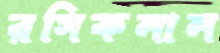
রসিকলাল